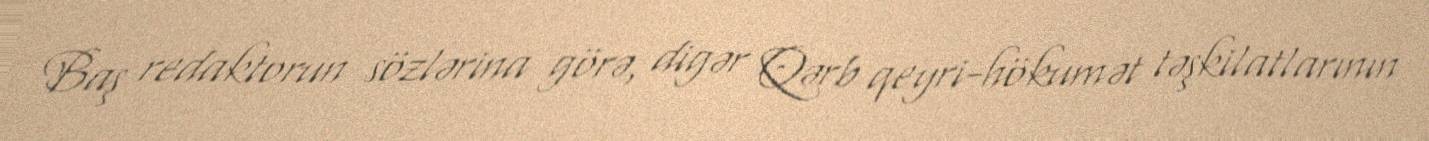
Baş redaktorun sözlərina görə, digər Qərb qeyri-hökumət təşkilatlarının